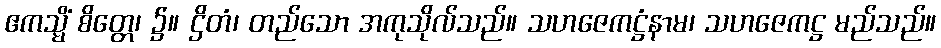
ဧကသ္မိံ စိတ္တေ၊ ၌။ ဌိတံ၊ တည်သော အကုသိုလ်သည်။ သဟဇေကဋ္ဌံနာမ၊ သဟဇေကဋ္ဌ မည်သည်။